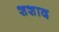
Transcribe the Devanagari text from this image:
शशाद